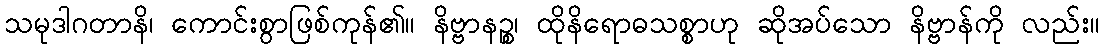
သမုဒါဂတာနိ၊ ကောင်းစွာဖြစ်ကုန်၏။ နိဗ္ဗာနဉ္စ၊ ထိုနိရောဓသစ္စာဟု ဆိုအပ်သော နိဗ္ဗာန်ကို လည်း။